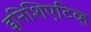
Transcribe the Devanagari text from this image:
इनिशिएटिव्ह